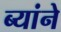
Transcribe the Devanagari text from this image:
ब्यांने